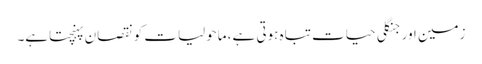
زمین اور جنگلی حیات تباہ ہوتی ہے، ماحولیات کو نقصان پہنچتاہے۔